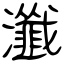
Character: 瀸